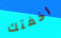
أخفتك